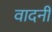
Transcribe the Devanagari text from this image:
वादनी